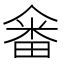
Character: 𤲞